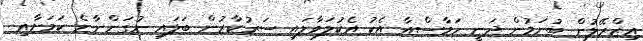
އިޒްރޭލުން ބުނަމުން ދަނީ ހަމާސްއާ އެކު އެކުލަވާލައި ސަރުކާރުން ބަލައި ނުގަންނާނެ ކަމަށާއި